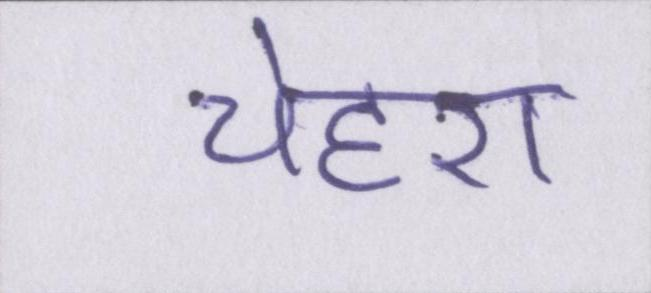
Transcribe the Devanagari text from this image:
चेहरा